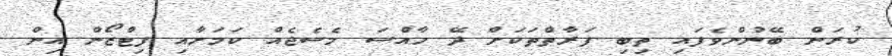
ކުރަން ބޭނުންވެފައި ތިބި ފަރާތްތަކަށް ދޭ ހާއްސަ މެސެޖެއް ކަމަށާއި ފިޓްޒޯން އިން